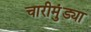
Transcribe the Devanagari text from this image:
चारीमुंड्या